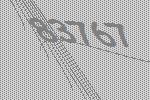
83767